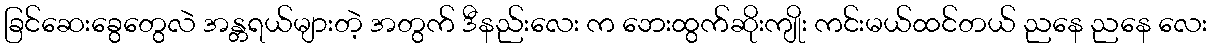
ခြင်ဆေးခွေတွေလဲ အန္တရယ်များတဲ့ အတွက် ဒီနည်းလေး က ဘေးထွက်ဆိုးကျိုး ကင်းမယ်ထင်တယ် ညနေ ညနေ လေး